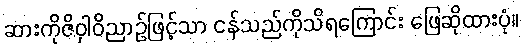
ဆားကိုဇိဝှါဝိညာဉ်ဖြင့်သာ ငန်သည်ကိုသိရကြောင်း ဖြေဆိုထားပုံ။